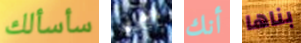
سأسألك دخلتي أنك بناها